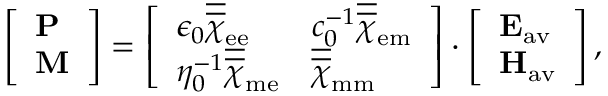
\begin{array} { r } { \left[ \begin{array} { l } { \mathbf { P } } \\ { \mathbf { M } } \end{array} \right] = \left[ \begin{array} { l l } { \epsilon _ { 0 } \overline { { \overline { { \chi } } } } _ { \mathrm { e e } } } & { c _ { 0 } ^ { - 1 } \overline { { \overline { { \chi } } } } _ { \mathrm { e m } } } \\ { \eta _ { 0 } ^ { - 1 } \overline { { \overline { { \chi } } } } _ { \mathrm { m e } } } & { \overline { { \overline { { \chi } } } } _ { \mathrm { m m } } } \end{array} \right] \cdot \left[ \begin{array} { l } { \mathbf { E } _ { \mathrm { a v } } } \\ { \mathbf { H } _ { \mathrm { a v } } } \end{array} \right] , } \end{array}